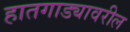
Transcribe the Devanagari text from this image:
हातगाड्यावरील